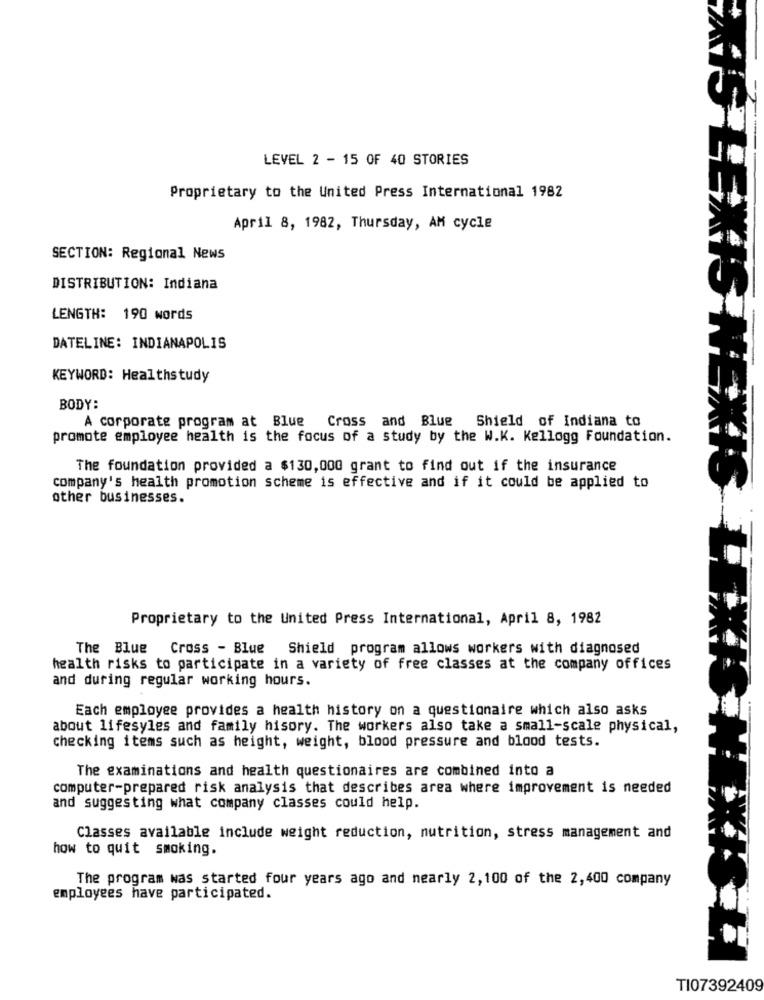
LEVEL 2 - 15 OF 40 STORIES
Proprietary to the United Press International 1982
April 8, 1982, Thursday, AM cycle
SECTION: Regional News
DISTRIBUTION: Indiana
LENGTH: 190 words
DATELINE: INDIANAPOLIS
KEYWORD: Healthstudy
BODY:
A corporate program at Blue Cross and Blue
:Shield of Indiana to
promote employee health is the focus of a study by the W.K. Kellogg Foundation.
The foundation provided a $130,000 grant to find out if the insurance
company's health promotion scheme is effective and if it could be applied to
other businesses.
Proprietary to the United Press International, April 8, 1982
The Blue
Cross - Blue Shield program allows workers with diagnosed
health risks to participate in a variety of free classes at the company offices
and during regular working hours.
Each employee provides a health history on a questionaire which also asks
about lifesyles and family hisory. The workers also take a small-scale physical,
checking items such as height, weight, blood pressure and blood tests.
The examinations and health questionaires are combined into a
computer-prepared risk analysis that describes area where improvement is needed
and suggesting what company classes could help.
Classes available include weight reduction, nutrition, stress management and
how to quit smoking.
The program was started four years ago and nearly 2, 100 of the 2,400 company
employees have participated.
TI07392409